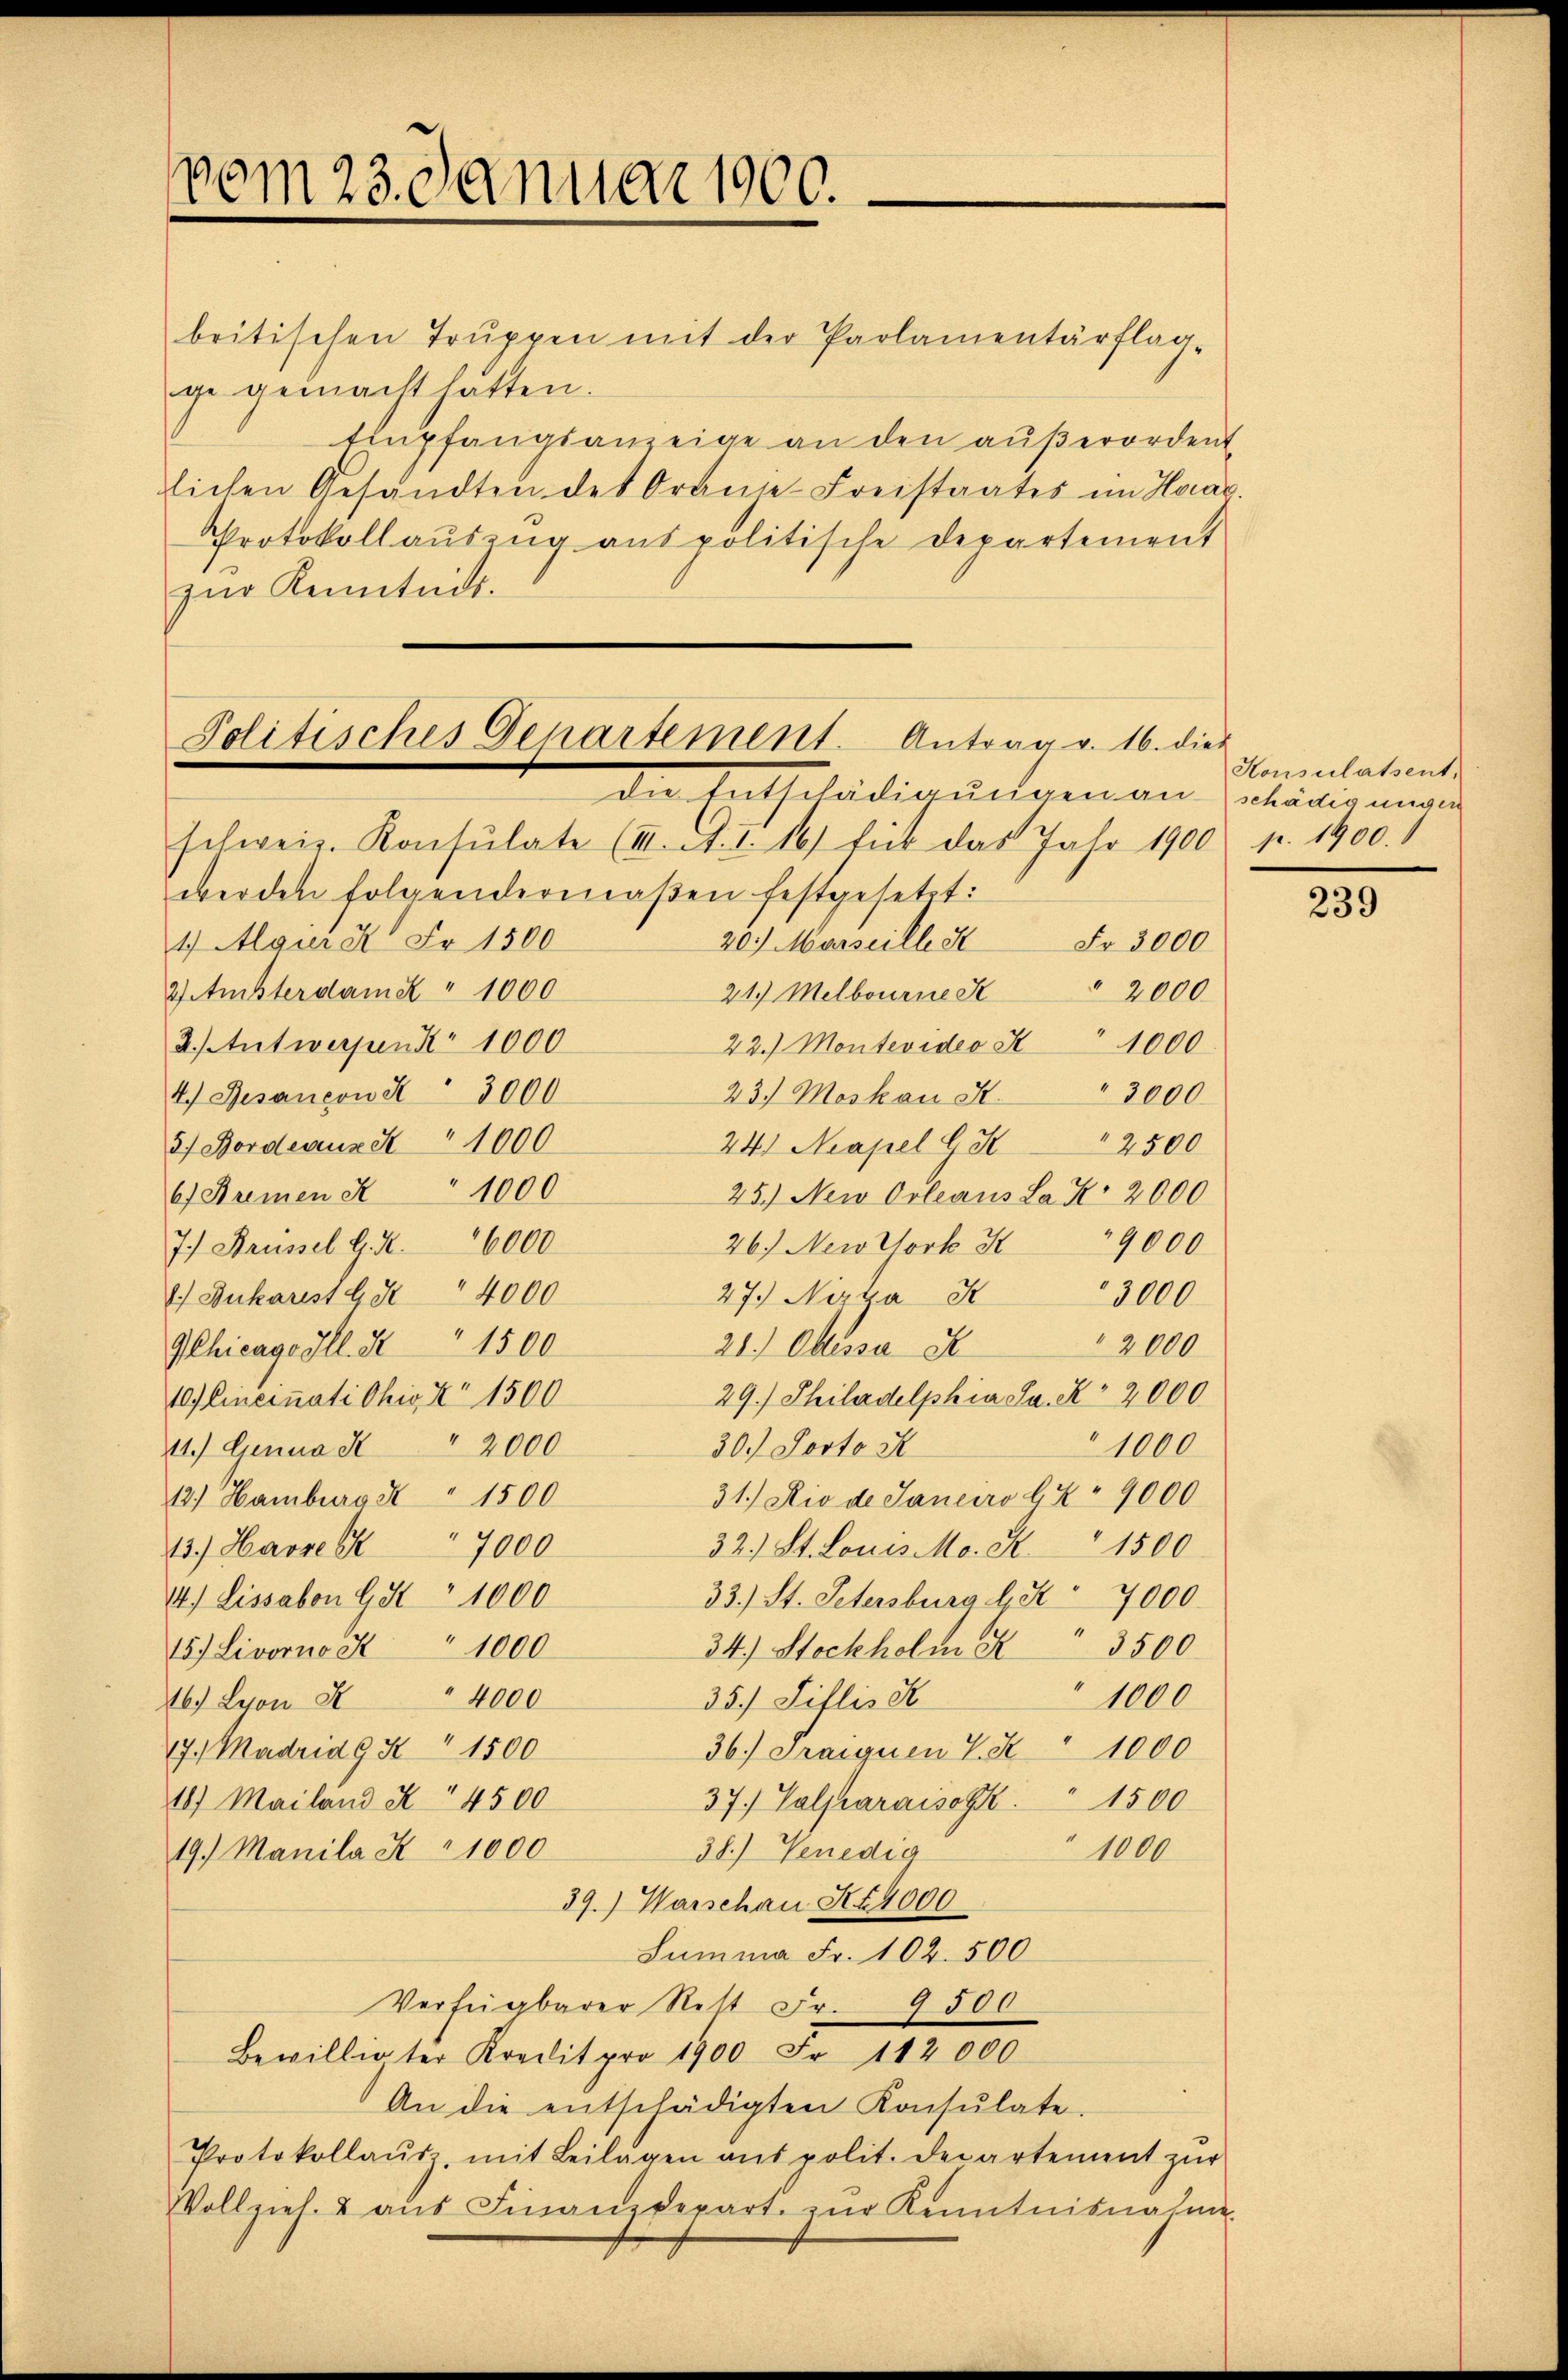
vom 23. Januar 1900.

britischen Truppen mit der Parlamentärflag-
ge gemacht hatten.
Empfangsanzeige an den außerordent
lichen Gesandten des Oranse-Freistaates im Haag.
Protokollauszug aus politische Departement
zŭr Kenntnis.

Politisches Departement. Antrag v. 16. dies

der Entschädigunternen Schädigung
schweiz. Konsulate (III. A. I. 16) für das Jahr 1900 pr. 1900.
werden folgendermaßen festgesetzt:
20. Marseille 5 Fr. 3000
1) Algier K. Fr. 1500
2) Ansterdam X " 1000
21.) Melbourne St 2000
2.) Antwerpen 1000
22.) Montevideo X 1000
4.) Gesançon I 3000
3000
23.) Moskau St.
37 Bordeaux de 1000
24) Kapel l. 2500
6) Kremen " 1000
25.) New Orleaus La R. 2000
7.) Kreissel G. K. 6000
26.) Newttort I 19000
27.) Nirka St
2 Dukarist G. S. 4000
3000
GChicago Ill. N 1500
2000
21.) Odessa A
29.) Philadelphia Sa. K 2000
10 Cincinati Ohio, No 1500
30.) Josto s
11.) Genua S. 2000
1000
31.) Die de Janeiro b. No 9000
12.) Hamburg X " 1500
32.) St. Louis Mo. S. 1500
13.) Havrebr 17000
14.) Lissabon 95 " 1000
33.) St. Petersburg Art. 7000.
34.) Stockholm S. 3500
15.) Livorno St " 1000
35.) Jillis K
1000
4000
46. Lyon S
17. Madrid 9 X 1500
36.) Tranquen V S. 1000
1500
37.) Volmaraison.
18. Mailand X 4500
19.) Manila K 1000
38.) Venedia
1000
39.) Warschen Art. 4000
Summa Fr. 102. 500
Verfügbarer Rett Fr. 9500
Bewilligter Kredit pro 1900 Fr. 112000
An die entschädigten Konsŭlate.
Protokollaŭsz, mit Beilagen aus polit. Departement zŭr
Vollziel. u aŭs Finanzdepart. zur Kenntnisnahme

Konsulatsent.

239